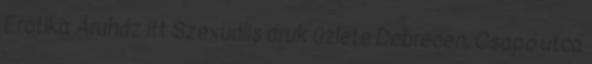
Erotika Áruház itt Szexuális áruk üzlete Debrecen, Csapó utca